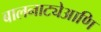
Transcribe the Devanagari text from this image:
बालनाट्येआणि